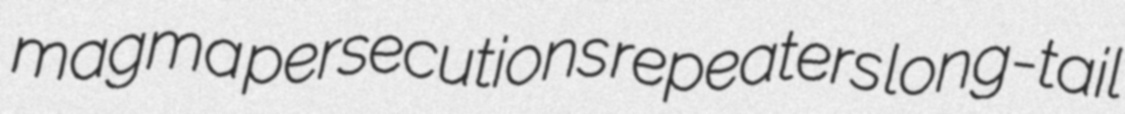
magma persecutions repeaters long-tail